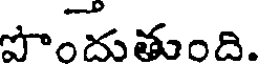
పొందుతుంది.